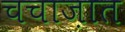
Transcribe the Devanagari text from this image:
चचाज़ात